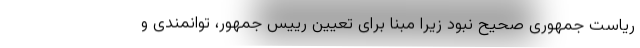
ریاست جمهوری صحیح نبود زیرا مبنا برای تعیین رییس جمهور، توانمندی و